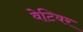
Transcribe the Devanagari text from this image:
वेटिवर